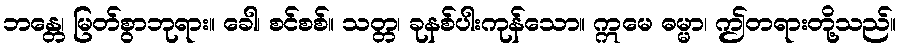
ဘန္တေ၊ မြတ်စွာဘုရား။ ခေါ၊ စင်စစ်။ သတ္တ၊ ခုနစ်ပါးကုန်သော။ ဣမေ ဓမ္မာ၊ ဤတရားတို့သည်။